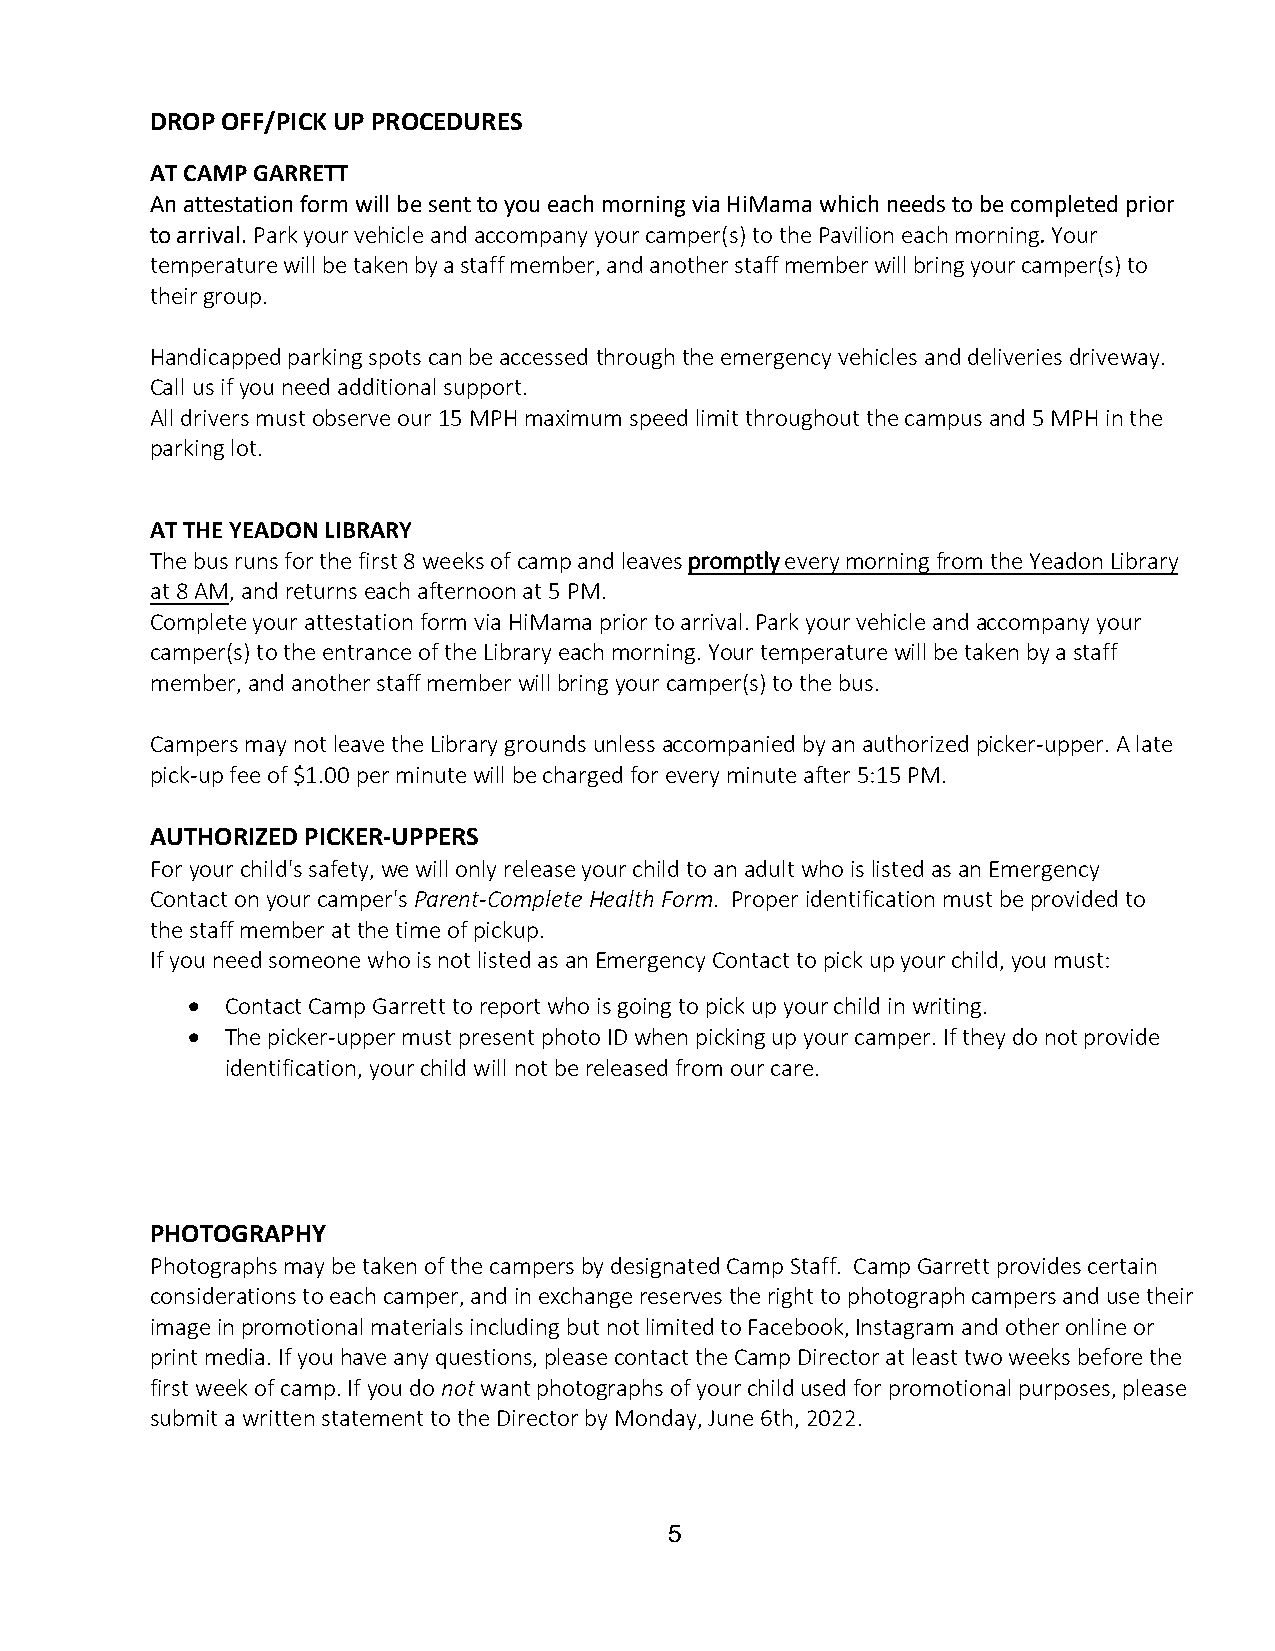
DROP OFF/PICK UP PROCEDURES
 AT CAMP GARRETT
 An attestation form will be sent to you each morning via HiMama which needs to be completed prior
 to arrival. Park your vehicle and accompany your camper(s) to the Pavilion each morning. Your
 temperature will be taken by a staff member, and another staff member will bring your camper(s) to
 their group.
 Handicapped parking spots can be accessed through the emergency vehicles and deliveries driveway.
 Call us if you need additional support.
 All drivers must observe our 15 MPH maximum speed limit throughout the campus and 5 MPH in the
 parking lot.
 AT THE YEADON LIBRARY
 The bus runs for the first 8 weeks of camp and leaves promptly every morning from the Yeadon Library
 at 8 AM, and returns each afternoon at 5 PM.
 Complete your attestation form via HiMama prior to arrival. Park your vehicle and accompany your
 camper(s) to the entrance of the Library each morning. Your temperature will be taken by a staff
 member, and another staff member will bring your camper(s) to the bus.
 Campers may not leave the Library grounds unless accompanied by an authorized picker-upper. A late
 pick-up fee of $1.00 per minute will be charged for every minute after 5:15 PM.
 AUTHORIZED PICKER-UPPERS
 For your child's safety, we will only release your child to an adult who is listed as an Emergency
 Contact on your camper's Parent-Complete Health Form. Proper identification must be provided to
 the staff member at the time of pickup.
 If you need someone who is not listed as an Emergency Contact to pick up your child, you must:
   Contact Camp Garrett to report who is going to pick up your child in writing.
   The picker-upper must present photo ID when picking up your camper. If they do not provide
 identification, your child will not be released from our care.
 PHOTOGRAPHY
 Photographs may be taken of the campers by designated Camp Staff. Camp Garrett provides certain
 considerations to each camper, and in exchange reserves the right to photograph campers and use their
 image in promotional materials including but not limited to Facebook, Instagram and other online or
 print media. If you have any questions, please contact the Camp Director at least two weeks before the
 first week of camp. If you do not want photographs of your child used for promotional purposes, please
 submit a written statement to the Director by Monday, June 6th, 2022.
 5